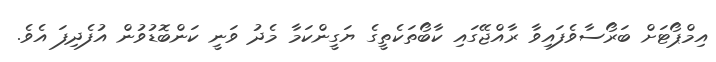
އިމްޕޯޓަށް ބަރޯސާވެފައިވާ ރާއްޖޭގައި ކާބޯތަކެތީގެ ޔަގީންކަމާ މެދު ވަނީ ކަންބޮޑުވުން އުފެދިފަ އެވެ.